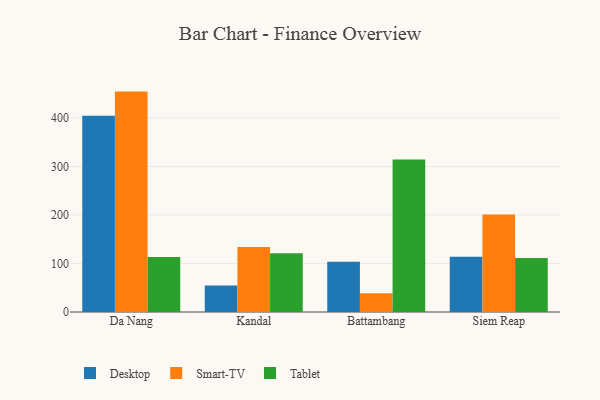
{"axis": {"x": "City", "y": "Operating Costs (USD K)"}, "legend": ["Desktop", "Smart-TV", "Tablet"], "data": [{"x": "Da Nang", "y": 404.5, "type": "Desktop"}, {"x": "Da Nang", "y": 454.3, "type": "Smart-TV"}, {"x": "Da Nang", "y": 113.4, "type": "Tablet"}, {"x": "Kandal", "y": 54.8, "type": "Desktop"}, {"x": "Kandal", "y": 134.1, "type": "Smart-TV"}, {"x": "Kandal", "y": 121.1, "type": "Tablet"}, {"x": "Battambang", "y": 103.6, "type": "Desktop"}, {"x": "Battambang", "y": 38.5, "type": "Smart-TV"}, {"x": "Battambang", "y": 314.1, "type": "Tablet"}, {"x": "Siem Reap", "y": 113.9, "type": "Desktop"}, {"x": "Siem Reap", "y": 201.0, "type": "Smart-TV"}, {"x": "Siem Reap", "y": 111.5, "type": "Tablet"}]}